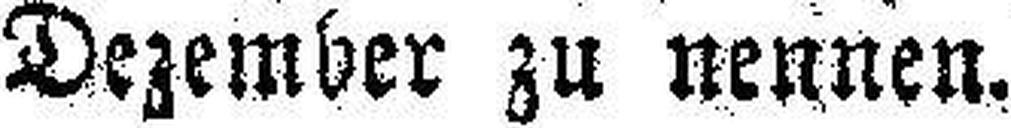
Dezember zu nennen.